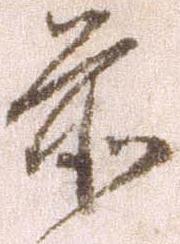
前